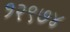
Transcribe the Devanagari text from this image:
१२९७४